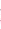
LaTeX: \! \! \! \! \! \! \! \! \! \! \! \phi\! \! \! \! \! \! \! \! \! \! \! \! (\! \! \! \! \! \! \! \! \! \! \! \! \ensuremath{\! \! \! \! \! \! \! \! \! \! \! \! \mathbb{R}}\! \! \! \! \! \! \! \! \! \! \! \! )\! \! \! \! \! \! \! \! \! \! \! \! \subset\! \! \! \! \! \! \! \! \! \! \! \! [\! \! \! \! \! \! \! \! \! \! \! \! -\! \! \! \! \! \! \! \! \! \! \! \! 1\! \! \! \! \! \! \! \! \! \! \! \! ,\! \! \! \! \! \! \! \! \! \! \! \! 1\! \! \! \! \! \! \! \! \! \! \! \! ]\! \! \! \! \! \! \! \! \! \! \!